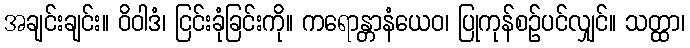
အချင်းချင်း။ ဝိဝါဒံ၊ ငြင်းခုံခြင်းကို။ ကရောန္တာနံယေဝ၊ ပြုကုန်စဉ်ပင်လျှင်။ သတ္ထာ၊